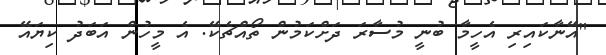
"އޭނާކައިރި އެހީމާ ބުނީ މުސާރަ ދަށްކަމުން ތޯއްޗެކޭ. އެ މީހުން އަބަދު ކިޔައޭ